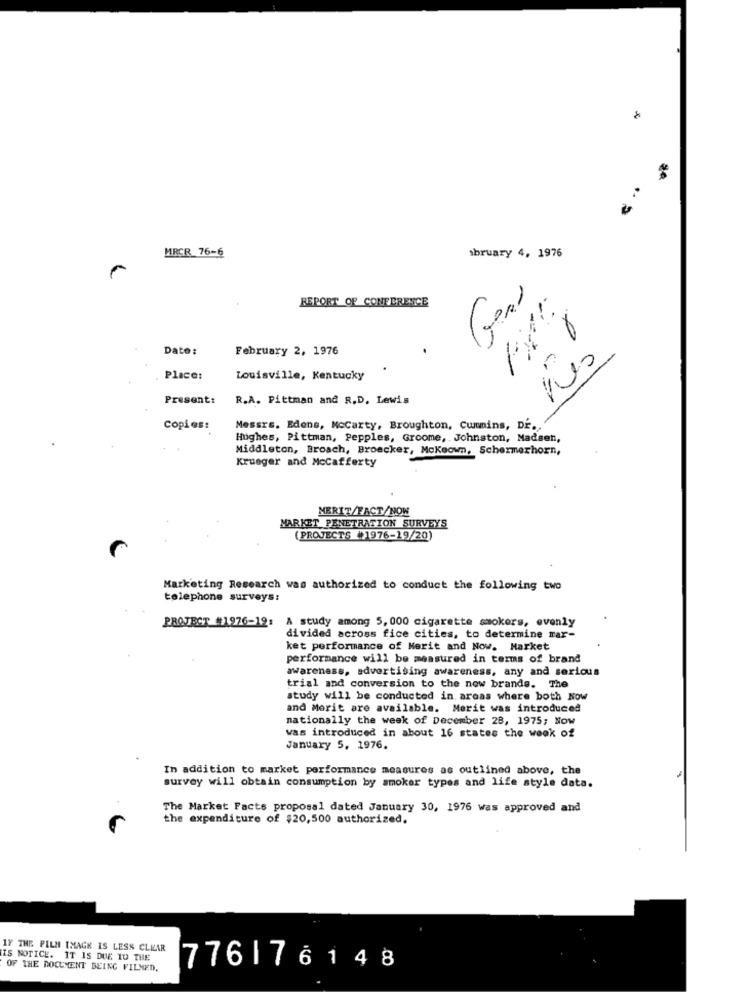
MRCR 76-6
sbruary 4, 1976
REPORT OF CONFERENCE
Geni
Date:
February 2, 1976
Place:
Louisville, Kentucky
Present:
R.A. Pittman and R.D. Lewis
Copies:
Messrs. Edens, Mccarty, Broughton, Cumins, DE .. "
Hughes, Pittman, Pepples, Groome, Johnston, Madsen,
Middleton, Broach, Broecker, Mckeown, Schermerhorn,
Krueger and Mccafferty
MERIT/FACT/NOW
MARKET PENETRATION SURVEYS
(PROJECTS "1976-19/20)
Marketing Research was authorized to conduct the following two
telephone surveys:
PROJECT_#1976-19: A study among 5, 000 cigarette smokers, evenly
divided across fice cities, to determine mar-
ket performance of Merit and Now. Market
performance will be measured in terms of brand
awareness, advertising awareness, any and serious
trial and conversion to the new brande. The
study will be conducted in areas where both NOW
and Merit are available. Morit was introduced
nationally the week of December 28, 1975; Now
was introduced in about 16 states the week of
January 5, 1976.
In addition to market performance measures as outlined above, the
survey will obtain consumption by smoker types and life style data.
The Market Facts proposal dated January 30, 1976 was approved and
the expenditure of $20,500 authorized.
IF THE FILM TMAGK IS LESS CLEAR
IS NOTICE. IT IS DUE 10 THE
OF THE DOCUMENT BEING FILMED.
776176148